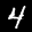
Label: 4